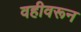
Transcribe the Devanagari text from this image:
वहीवरून